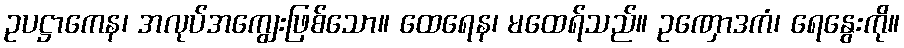
ဥပဋ္ဌာကေန၊ အလုပ်အကျွေးဖြစ်သော။ ထေရေန၊ မထေရ်သည်။ ဥဏှောဒကံ၊ ရေနွေးကို။